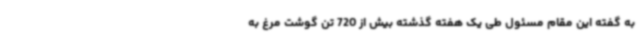
به گفته این مقام مسئول طی یک هفته گذشته بیش از 720 تن گوشت مرغ به